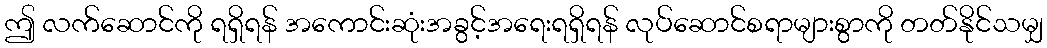
ဤ လက်ဆောင်ကို ရရှိရန် အကောင်းဆုံးအခွင့်အရေးရရှိရန် လုပ်ဆောင်စရာများစွာကို တတ်နိုင်သမျှ